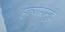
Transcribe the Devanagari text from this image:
हत्यारांमुळे